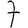
Digit: 7